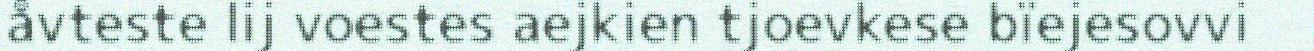
åvteste lij voestes aejkien tjoevkese bïejesovvi